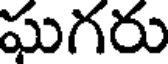
ఘగరు